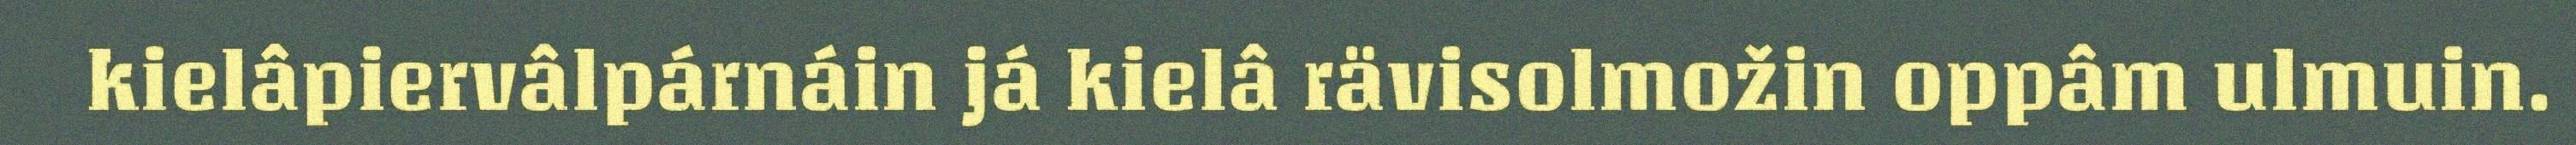
kielâpiervâlpárnáin já kielâ rävisolmožin oppâm ulmuin.